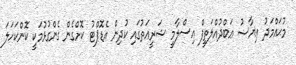
މުޙައްމަދު ޢިޔާޟު ޢަބްދުއްލަތީފް އިސްލާމީ ޝަރީއަތުގައި ކުދިން އެޑޮޕްޓު ކޮށްގެން ގެންގުޅުމަކީ ކޮންކަހަލަ